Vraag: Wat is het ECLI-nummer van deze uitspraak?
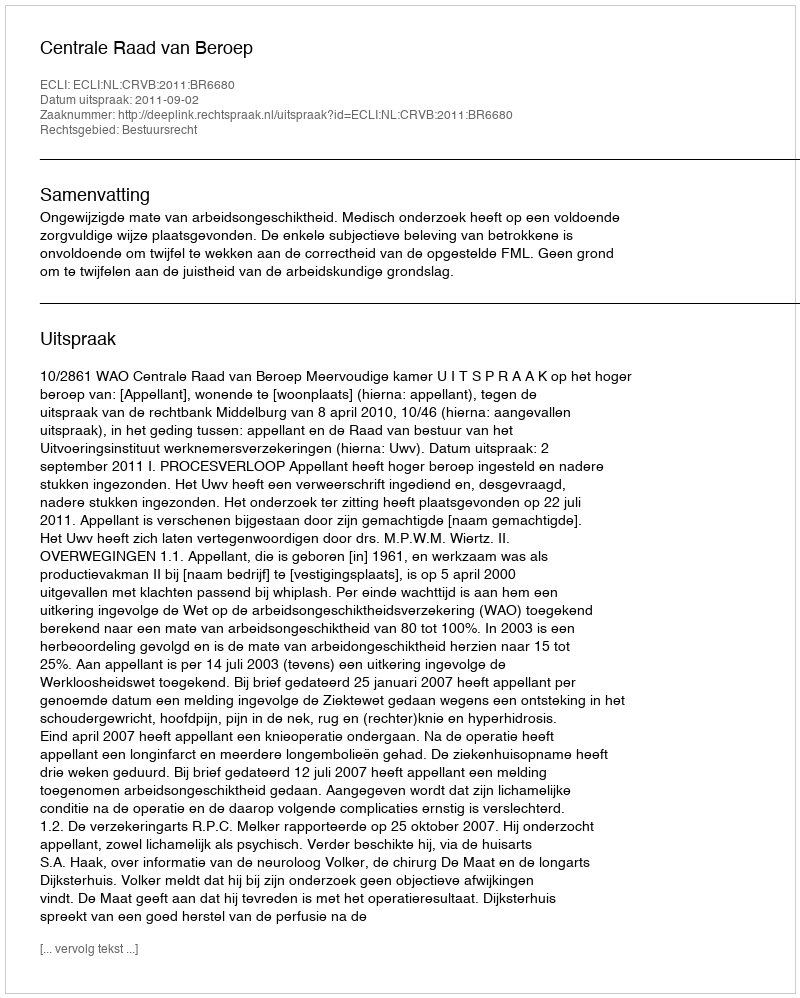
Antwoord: ECLI:NL:CRVB:2011:BR6680